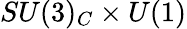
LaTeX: SU(3)_{C}\times U(1)